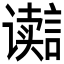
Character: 𮙋